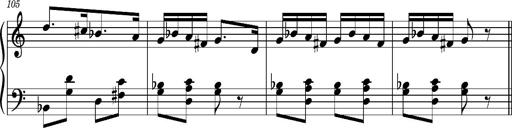
Title: Ungarischer Romanzero
Composer: Franz Liszt